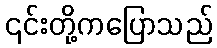
၎င်းတို့ကပြောသည်